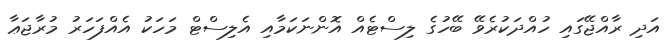
އަދި ރާއްޖޭގައި ހުއްދަކުރެވޭ ބޭހުގެ ލިސްޓެއް އޮންނަކަމާއި އެލިސްޓް މަހަކު އެއްފަހަރު މުރާޖަޢާ